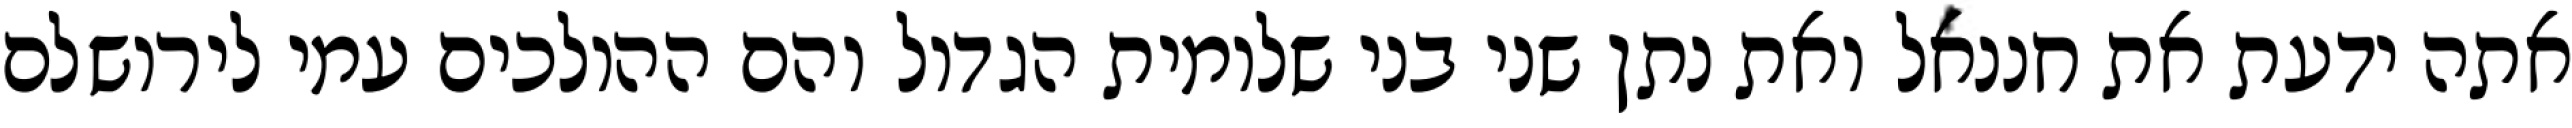
אתה ידעת את חננאל ואת נתן שני בני שלומית הגדול והם ההולכים עמי לירושלם